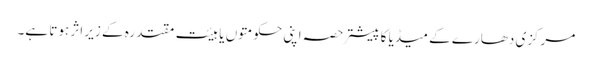
مرکزی دھارے کے میڈیا کا پیشتر حصہ اپنی حکومتوں یا ہیئت مقتدرہ کے زیر اثر ہوتا ہے۔